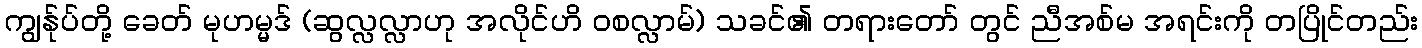
ကျွန်ုပ်တို့ ခေတ် မုဟမ္မဒ် (ဆွလ္လလ္လာဟု အလိုင်ဟိ ဝစလ္လာမ်) သခင်၏ တရားတော် တွင် ညီအစ်မ အရင်းကို တပြိုင်တည်း